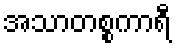
အသာတစ္စကာရီ